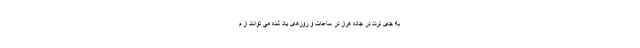
به جای تردد در جاده هراز در ساعات و روزهای یاد شده می توانند از م